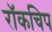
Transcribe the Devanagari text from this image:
रॉकचिप